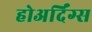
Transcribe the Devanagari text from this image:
होअर्दिंग्स